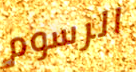
الرسوم